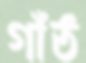
গাঁঠ